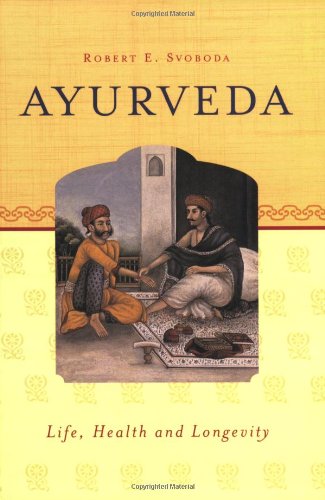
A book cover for Ayurveda: Life, Health, and Longevity; Dr. Robert Svoboda; Health, Fitness & Dieting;